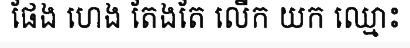
ផែង ហេង តែងតែ លើក យក ឈ្មោះ